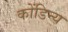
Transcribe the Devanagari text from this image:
कोंडिन्य